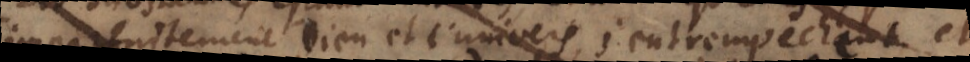
imparfaitement Dieu et l’univers, s’entrempechent et